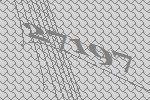
27197